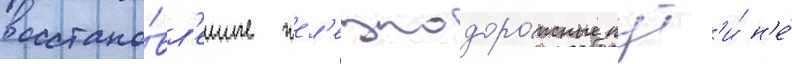
восстано́вл'енные жел'езнодоро́жные пут'и́ н'е́